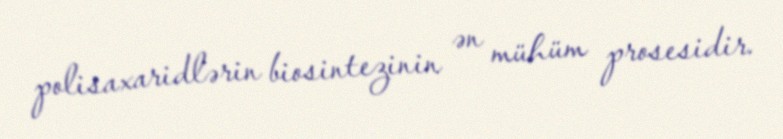
polisaxaridlərin biosintezinin ən mühüm prosesidir.